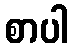
စာပါ